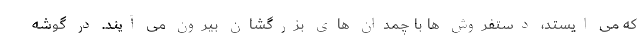
که می ایستد، دستفروش ها با چمدان های بزرگشان بیرون می آیند. در گوشه